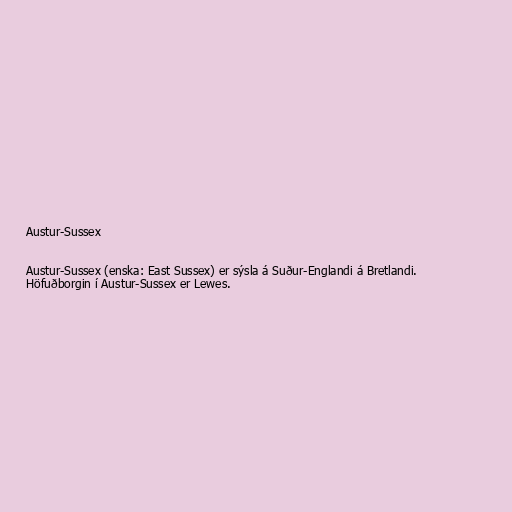
Austur-Sussex

Austur-Sussex (enska: East Sussex) er sýsla á Suður-Englandi á Bretlandi.
Höfuðborgin í Austur-Sussex er Lewes.